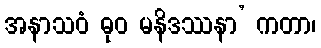
အနာသဝံ ဓုဝ မနိဒဿနာ’ ကတာ၊